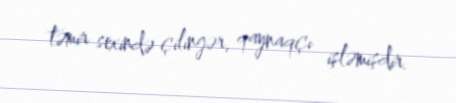
təmir sexində çilingər, qaynaqçı işləmişdir.